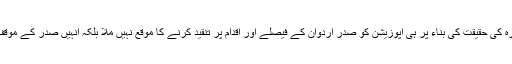
ترکی کے لئے اس خطرہ کی حقیقت کی بناء پر ہی اپوزیشن کو صدر اردوان کے فیصلے اور اقدام پر تنقید کرنے کا موقع نہیں ملا بلکہ انہیں صدر کے موقف کو قبول کرنا پڑا ہے۔